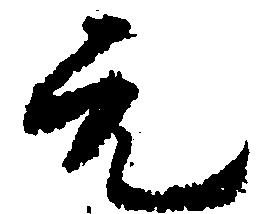
元